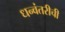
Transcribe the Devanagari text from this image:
धन्वंतरीची